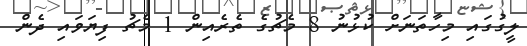
ލީގުގައި މިހާތަނަށް ކުޅުނު 8 މެޗުގެ ތެރެއިން 1 މެޗު ފިޔަވައި ދެން